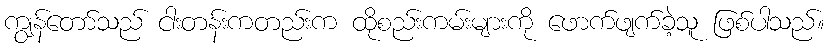
ကျွန်တော်သည် ငါးတန်းကတည်းက ထိုစည်းကမ်းများကို ဖောက်ဖျက်ခဲ့သူ ဖြစ်ပါသည်။